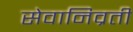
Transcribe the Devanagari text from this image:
सेवानिव्रती